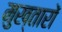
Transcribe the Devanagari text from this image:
मुख्तारों